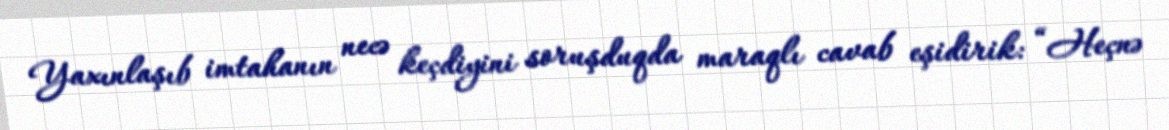
Yaxınlaşıb imtahanın necə keçdiyini soruşduqda maraqlı cavab eşidirik: “Heçnə